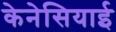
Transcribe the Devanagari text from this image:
केनेसियाई